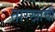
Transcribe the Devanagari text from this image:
तारखांची